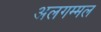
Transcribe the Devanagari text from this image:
अलगम्मल